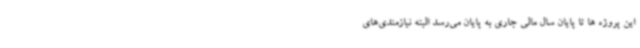
این پروژه ها تا پایان سال مالی جاری به پایان می‌رسد البته نیازمندی‌های